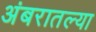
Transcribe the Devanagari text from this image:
अंबरातल्या